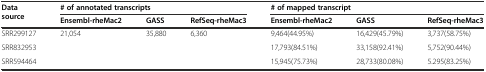
<table><thead><tr><td rowspan="2"><b>Data source</b></td><td colspan="3"><b># of annotated transcripts</b></td><td colspan="3"><b># of mapped transcript</b></td></tr><tr><td><b>Ensembl-rheMac2</b></td><td><b>GASS</b></td><td><b>RefSeq-rheMac3</b></td><td><b>Ensembl-rheMac2</b></td><td><b>GASS</b></td><td><b>RefSeq-rheMac3</b></td></tr></thead><tbody><tr><td>SRR299127</td><td rowspan="3">21,054</td><td rowspan="3">35,880</td><td rowspan="3">6,360</td><td>9,464(44.95%)</td><td>16,429(45.79%)</td><td>3,737(58.75%)</td></tr><tr><td>SRR832953</td><td>17,793(84.51%)</td><td>33,158(92.41%)</td><td>5,752(90.44%)</td></tr><tr><td>SRR594464</td><td>15,945(75.73%)</td><td>28,733(80.08%)</td><td>5.295(83.25%)</td></tr></tbody></table>